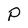
Character: P